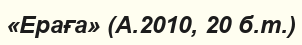
«Ераға» (А.2010, 20 б.т.)